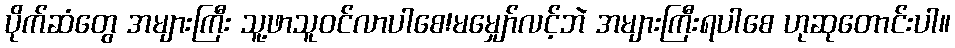
ပိုက်ဆံတွေ အများကြီး သူ့ဖာသူဝင်လာပါစေ!မမျှော်လင့်ဘဲ အများကြီးရပါစေ ဟုဆုတောင်းပါ။